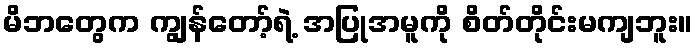
မိဘတွေက ကျွန်တော့်ရဲ့ အပြုအမူကို စိတ်တိုင်းမကျဘူး။